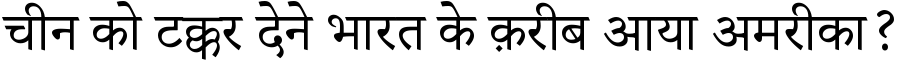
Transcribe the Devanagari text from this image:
चीन को टक्कर देने भारत के क़रीब आया अमरीका?